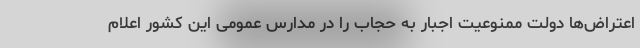
اعتراض‌ها دولت ممنوعیت اجبار به حجاب را در مدارس عمومی این کشور اعلام